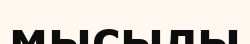
мысылы